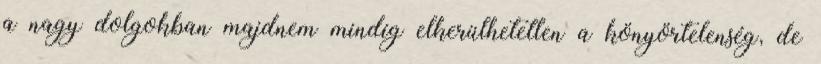
a nagy dolgokban majdnem mindíg elkerülhetetlen a könyörtelenség, de